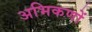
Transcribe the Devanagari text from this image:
अभिकणों